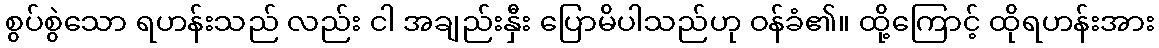
စွပ်စွဲသော ရဟန်းသည် လည်း ငါ အချည်းနှီး ပြောမိပါသည်ဟု ဝန်ခံ၏။ ထို့ကြောင့် ထိုရဟန်းအား